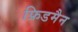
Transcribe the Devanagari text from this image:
फ्रिडमैन